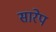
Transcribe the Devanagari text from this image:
सारेप